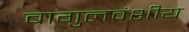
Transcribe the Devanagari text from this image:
बागुलवंशीय